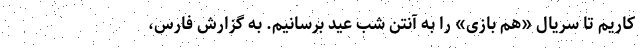
کاریم تا سریال «هم بازی» را به آنتنِ شب عید برسانیم. به گزارش فارس،